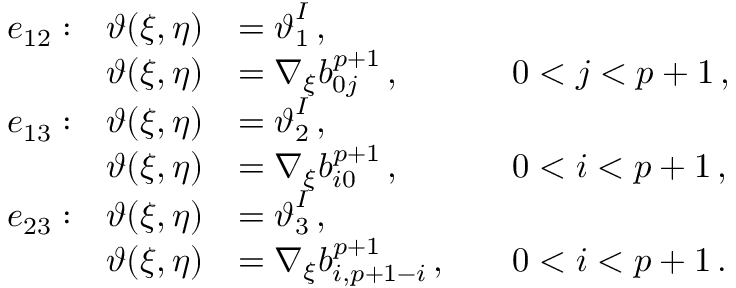
\begin{array} { r l r l r l } & { e _ { 1 2 } : } & { \boldsymbol { \vartheta } ( \xi , \eta ) } & { = \boldsymbol { \vartheta } _ { 1 } ^ { I } \, , } \\ & { } & { \boldsymbol { \vartheta } ( \xi , \eta ) } & { = \nabla _ { \xi } b _ { 0 j } ^ { p + 1 } \, , } & & { 0 < j < p + 1 \, , } \\ & { e _ { 1 3 } : } & { \boldsymbol { \vartheta } ( \xi , \eta ) } & { = \boldsymbol { \vartheta } _ { 2 } ^ { I } \, , } \\ & { } & { \boldsymbol { \vartheta } ( \xi , \eta ) } & { = \nabla _ { \xi } b _ { i 0 } ^ { p + 1 } \, , } & & { 0 < i < p + 1 \, , } \\ & { e _ { 2 3 } : } & { \boldsymbol { \vartheta } ( \xi , \eta ) } & { = \boldsymbol { \vartheta } _ { 3 } ^ { I } \, , } \\ & { } & { \boldsymbol { \vartheta } ( \xi , \eta ) } & { = \nabla _ { \xi } b _ { i , p + 1 - i } ^ { p + 1 } \, , } & & { 0 < i < p + 1 \, . } \end{array}